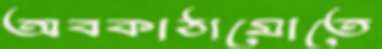
অবকাঠামোতে